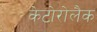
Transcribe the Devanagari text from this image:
केटोरोलैक